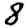
Digit: 8